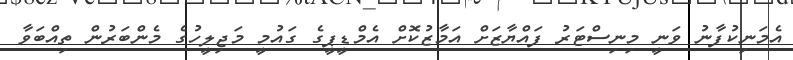
އެމަނިކުފާނު ވަނީ މިނިސްޓަރު ފައްޔާޒަށް އަމާޒުކޮށް އެމްޑީޕީގެ ގައުމީ މަޖިލީހުގެ މެެންބަރުން ތިއްބަވާ